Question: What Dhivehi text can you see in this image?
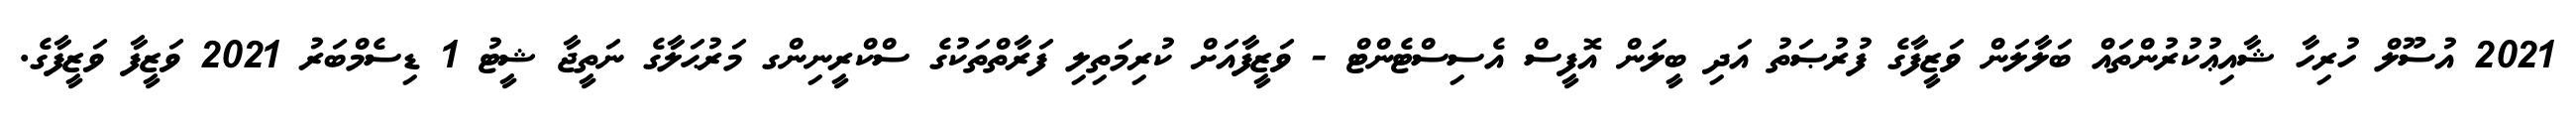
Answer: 2021 އުސޫލް ހުރިހާ ޝާއިޢުކުރުންތައް ބަލާލަން ވަޒީފާގެ ފުރުޞަތު އަދި ބީލަން އޮފީސް އެސިސްޓެންޓް - ވަޒީފާއަށް ކުރިމަތިލި ފަރާތްތަކުގެ ސްކްރީނިންގ މަރުޙަލާގެ ނަތީޖާ ޝީޓު 1 ޑިސެމްބަރު 2021 ވަޒީފާ ވަޒީފާގެ.